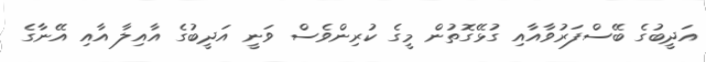
އަދީބުގެ ބޭސްފަރުވާއާއި ގުޅޭގޮތުން މީގެ ކުރިންވެސް ވަނީ އަދީބުގެ އާއިލާ އާއި އޭނާގެ